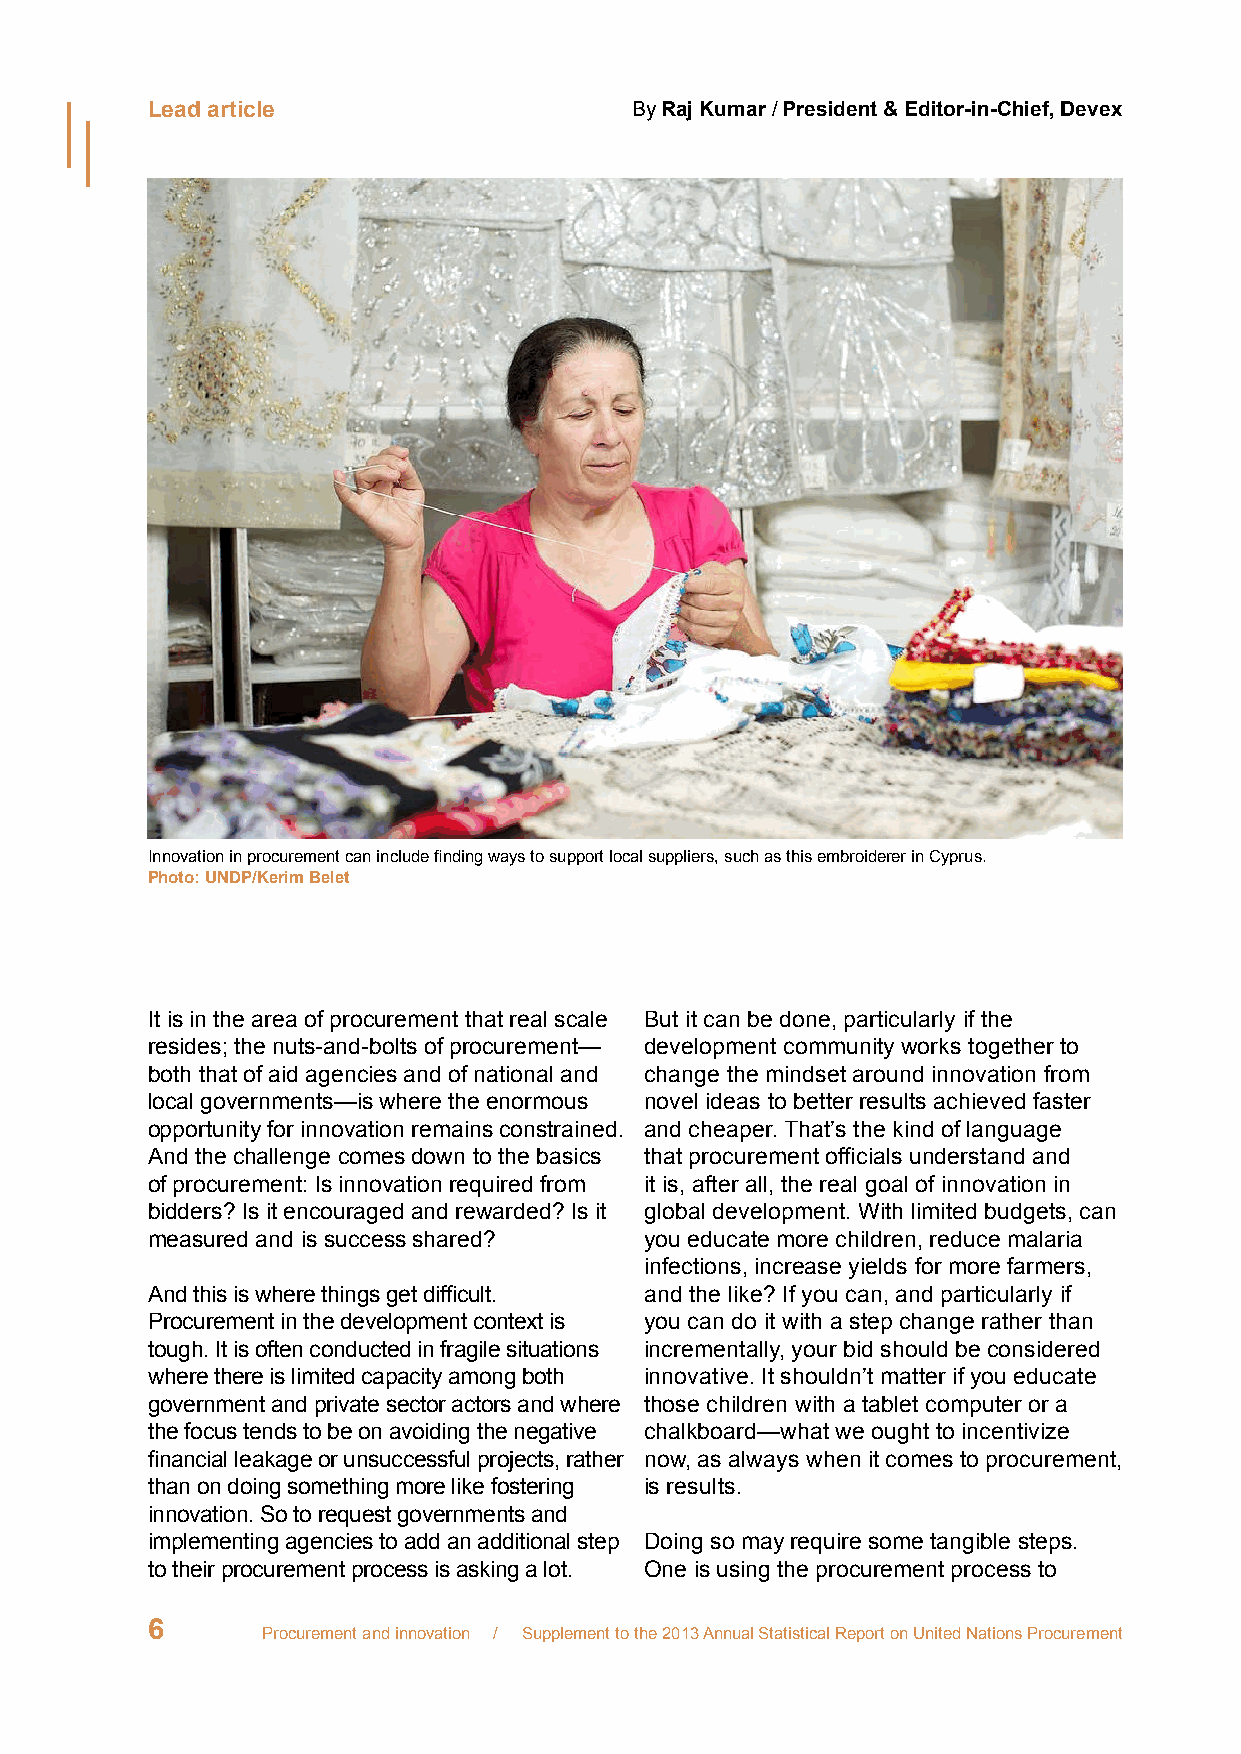
Lead article                    By Raj Kumar / President & Editor-in-Chief, Devex
 Innovation in procurement can include finding ways to support local suppliers, such as this embroiderer in Cyprus.
 Photo: UNDP/Kerim Belet
 It is in the area of procurement that real scale But it can be done, particularly if the
 resides; the nuts-and-bolts of procurement— development community works together to
 both that of aid agencies and of national and change the mindset around innovation from
 local governments—is where the enormous novel ideas to better results achieved faster
 opportunity for innovation remains constrained. and cheaper. That’s the kind of language
 And the challenge comes down to the basics that procurement officials understand and
 of procurement: Is innovation required from it is, after all, the real goal of innovation in
 bidders? Is it encouraged and rewarded? Is it global development. With limited budgets, can
 measured and is success shared?  you educate more children, reduce malaria
 infections, increase yields for more farmers,
 And this is where things get difficult. and the like? If you can, and particularly if
 Procurement in the development context is you can do it with a step change rather than
 tough. It is often conducted in fragile situations incrementally, your bid should be considered
 where there is limited capacity among both innovative. It shouldn’t matter if you educate
 government and private sector actors and where those children with a tablet computer or a
 the focus tends to be on avoiding the negative chalkboard—what we ought to incentivize
 financial leakage or unsuccessful projects, rather now, as always when it comes to procurement,
 than on doing something more like fostering is results.
 innovation. So to request governments and
 implementing agencies to add an additional step Doing so may require some tangible steps.
 to their procurement process is asking a lot. One is using the procurement process to
 6
 Procurement and innovation / Supplement to the 2013 Annual Statistical Report on United Nations Procurement